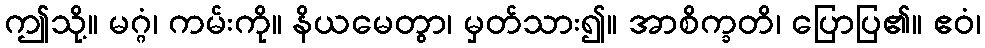
ဤသို့။ မဂ္ဂံ၊ ကမ်းကို။ နိယမေတွာ၊ မှတ်သား၍။ အာစိက္ခတိ၊ ပြောပြ၏။ ဧဝံ၊